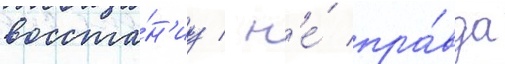
восста́н'иу / н'е́ пра́вда